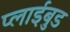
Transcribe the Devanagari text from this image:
प्लाईबुड